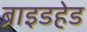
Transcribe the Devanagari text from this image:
ब्राइडहेड